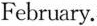
February.